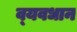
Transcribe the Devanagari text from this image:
व्‍यवधान